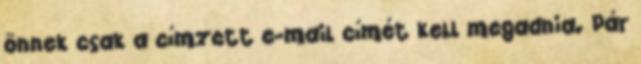
önnek csak a címzett e-mail címét kell megadnia. Pár